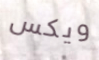
ويكس